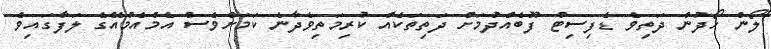
ލޯން ހޯދުން ދަތިވެ ޑެފިސިޓް ފޫބެއްދުމަށް ދަތިތަކެއް ކުރިމަތިވެދާނެ ކަމަށްވެސް އެމްއެމްއޭގެ ލަފާގައިވެ